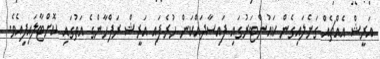
އަރީޝް އެއްޗެއް ގަނެލައިގެން ކައުންޓަރުގައި ފައިސާދައްކަން ހުރެފައި އަރީޝް ރަފްހާންގެ އަތުގައި ކޮށްޓާލައިފިއެވެ.